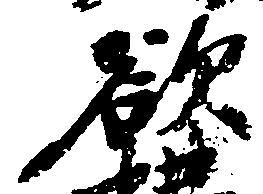
欲